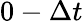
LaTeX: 0-\Delta t